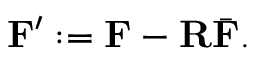
\mathbf { F } ^ { \prime } : = \mathbf { F } - \mathbf { R } \bar { \mathbf { F } } .